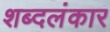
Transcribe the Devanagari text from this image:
शब्दलंकार